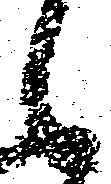
々